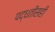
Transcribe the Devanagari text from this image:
पद्धतीसही